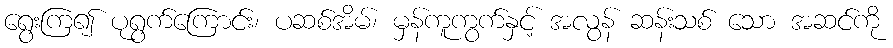
ရွေးကြ၍ ပုရွက်ကြောင်း၊ ပဆစ်အိမ်၊ မှန်ကူကွက်နှင့် အလွန် ဆန်းသစ် သော အဆင်ကို